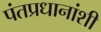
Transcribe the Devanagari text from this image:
पंतप्रधानांशी